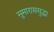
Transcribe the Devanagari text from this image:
सुमाराससुद्धा